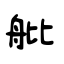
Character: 舭